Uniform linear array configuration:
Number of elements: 16
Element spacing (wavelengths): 0.5
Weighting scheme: blackman
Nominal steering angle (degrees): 15
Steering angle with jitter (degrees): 15.785
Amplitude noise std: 0.05
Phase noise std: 0.05

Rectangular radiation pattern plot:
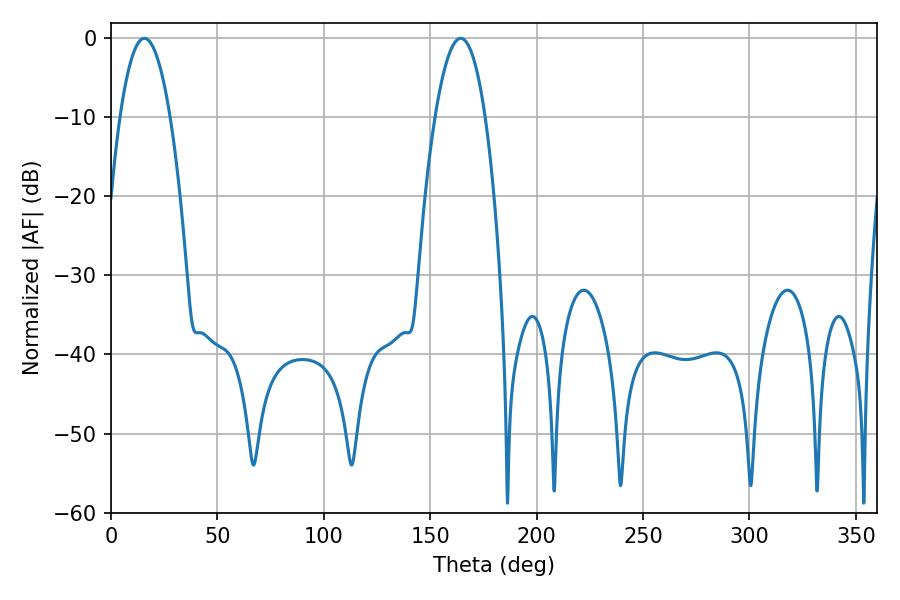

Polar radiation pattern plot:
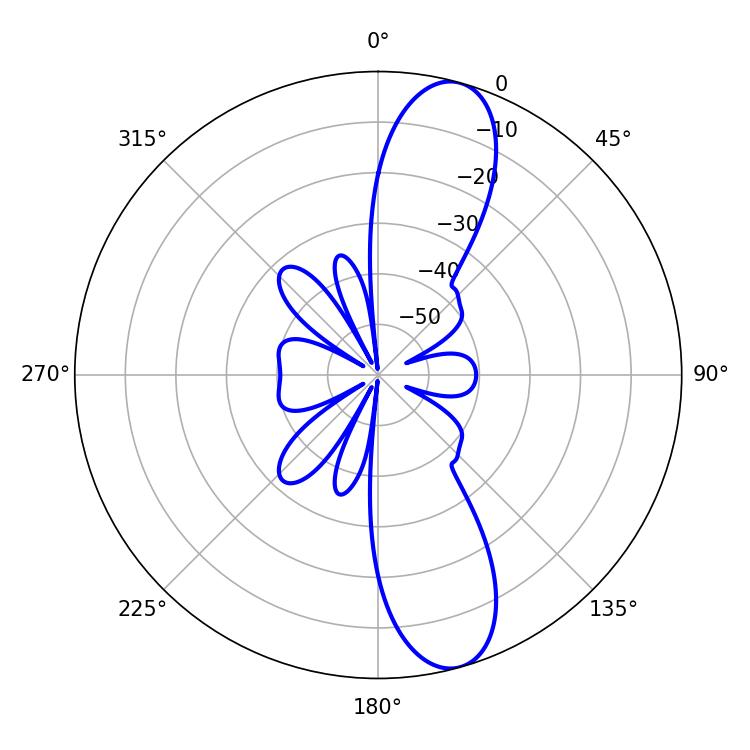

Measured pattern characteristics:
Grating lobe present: FALSE
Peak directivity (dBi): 11.807
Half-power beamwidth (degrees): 12.96
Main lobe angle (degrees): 15.66